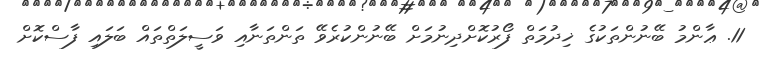
11. ޢާންމު ބޭނުންތަކުގެ ޚިދުމަތް ފޯރުކޮށްދިނުމަށް ބޭނުންކުރެވޭ ތަންތަނާއި ވަސީލަތްތައް ބަލައި ފާސްކޮށް